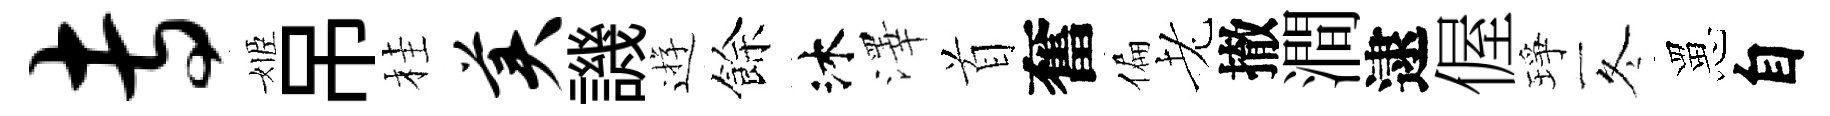
专姬吊桂美譏逰餘沐澤首奮偏老撤澗逮偓琤冬罳自